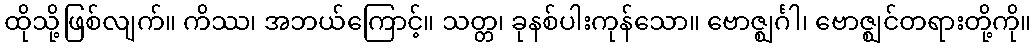
ထိုသို့ဖြစ်လျက်။ ကိဿ၊ အဘယ်ကြောင့်။ သတ္တ၊ ခုနစ်ပါးကုန်သော။ ဗောဇ္ဈင်္ဂါ၊ ဗောဇ္ဈင်တရားတို့ကို။